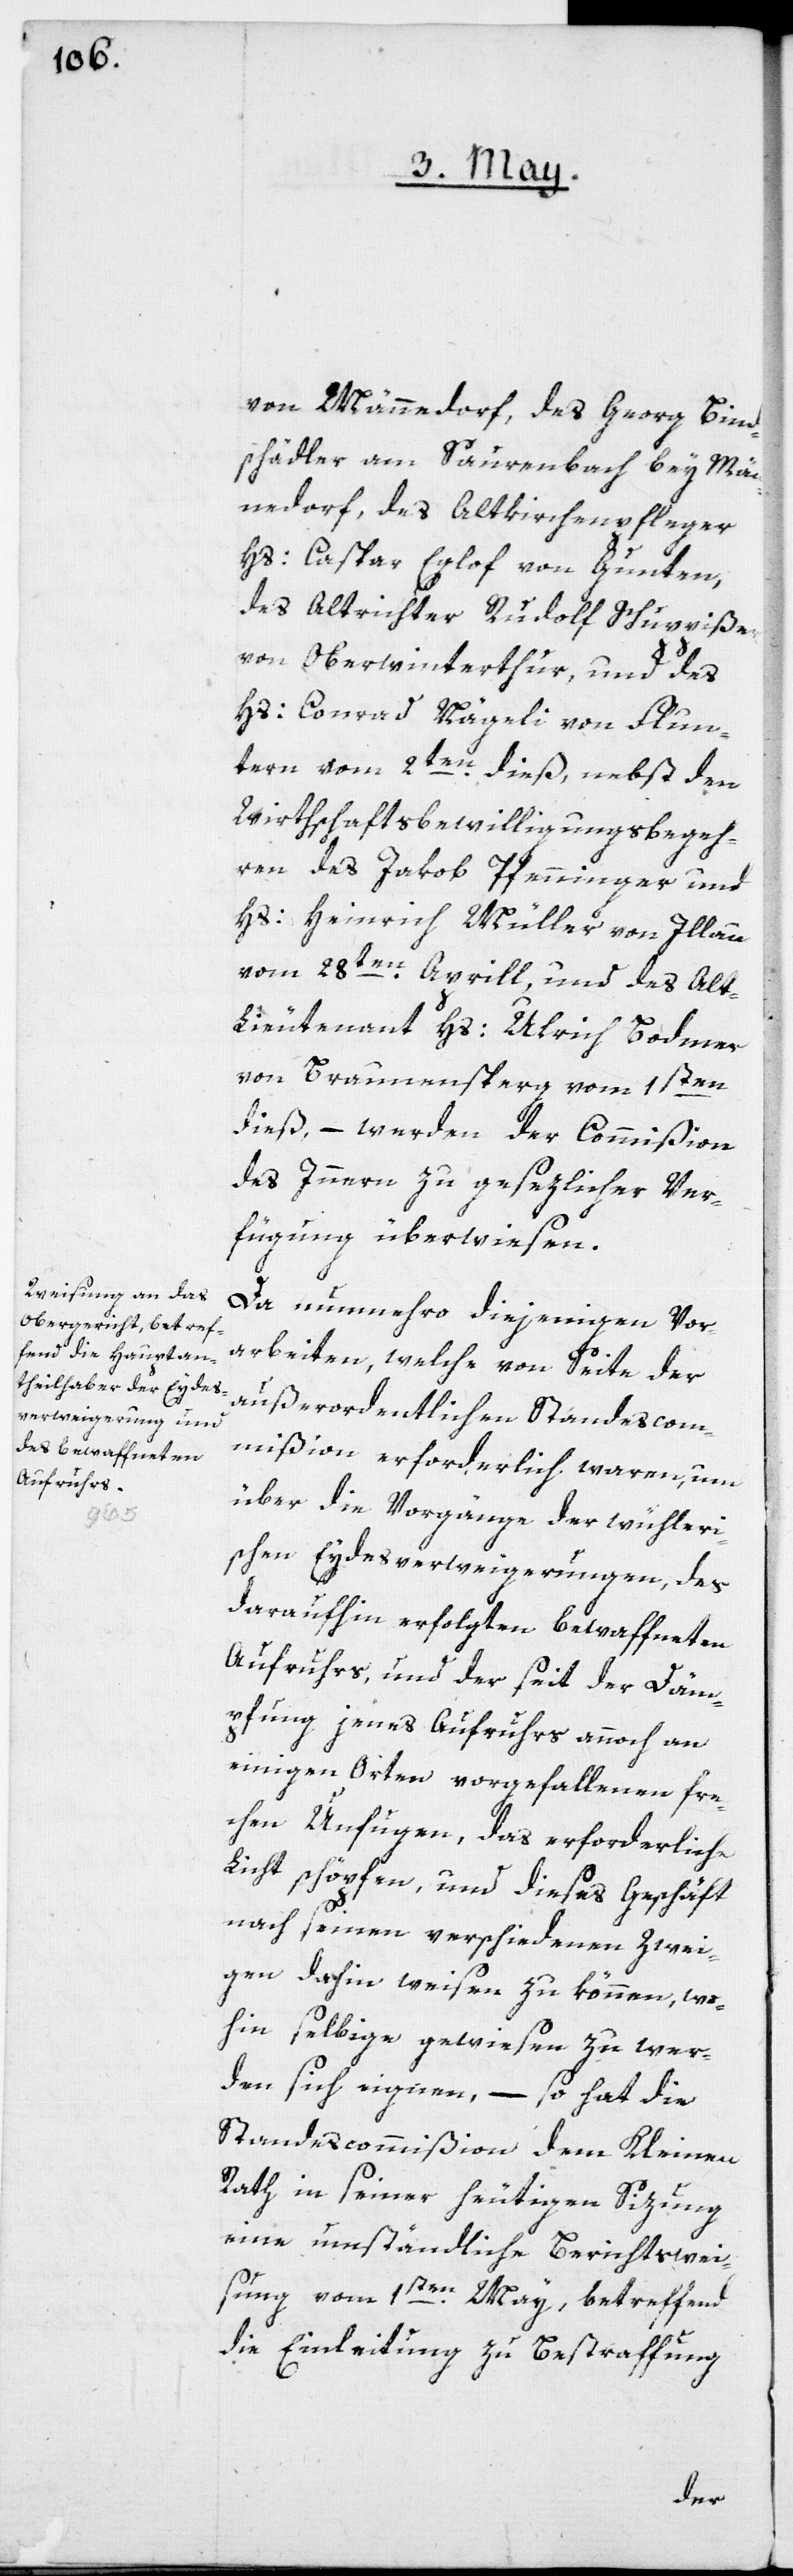
von Männedorf, des Georg Bind¬
schädler am Saurenbach bey Män¬
nedorf, des Altkirchenpfleger
Hs: Caspar Eglof von Gunten,
des Altrichter Rudolf Schuppißer
von Oberwinterthur, und des
Hs: Conrad Nägeli von Flun¬
tern vom 2ten dieß, nebst den
Wirthschaftsbewilligungsbegeh¬
ren des Jakob Pfenninger und
Hs: Heinrich Müller von Illnau
vom 28ten Aprill, und des Al¬
t-Lieutenant Hs: Ulrich Bodmer
von Braunensperg vom 1sten
dieß, – werden der Commißion
des Innern zu gesezlicher Ver¬
fügung überwiesen.
Da nunmehro diejenigen Vor¬
arbeiten, welche von Seite der
außerordentlichen Standescom¬
mißion erforderlich waren, um
über die Vorgänge der wühleri¬
schen Eydesverweigerungen, des
daraufhin erfolgten bewaffneten
Aufruhrs, und der seit der Däm¬
pfung jenes Aufruhrs annoch an
einigen Orten vorgefallenen fre¬
chen Unfugen, das erforderliche
Licht schöpfen, und dieses Geschäft
nach seinen verschiedenen Zwei¬
gen dahin weisen zu können, wo¬
hin selbige gewiesen zu wer¬
den sich eignen, – so hat die
Standescommißion dem Kleinen
Rath in seiner heutigen Sizung
eine umständliche Berichtswei¬
sung vom 1sten May, betreffend
die Einleitung zu Bestraffung